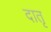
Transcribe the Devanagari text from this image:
दातृ